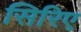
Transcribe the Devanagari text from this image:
सिरिए